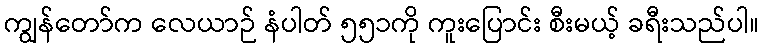
ကျွန်တော်က လေယာဉ် နံပါတ် ၅၅၁ကို ကူးပြောင်း စီးမယ့် ခရီးသည်ပါ။